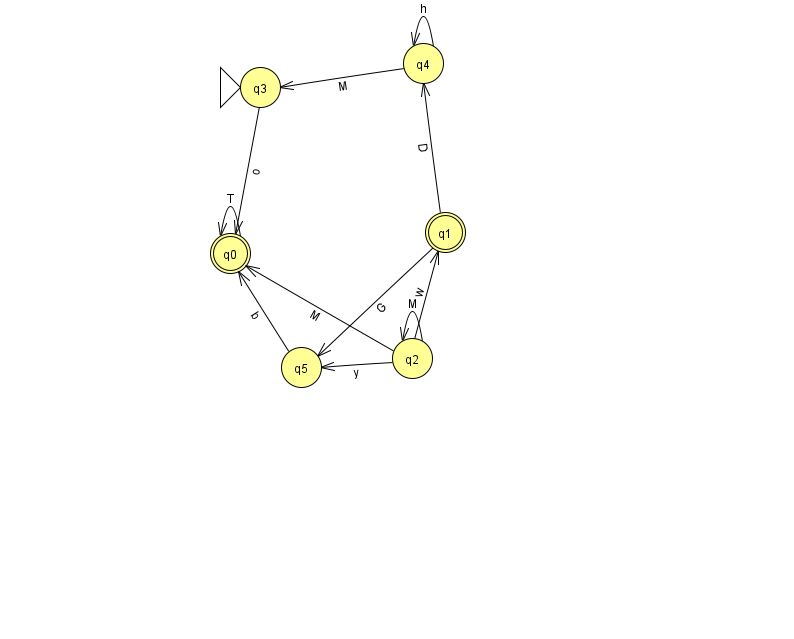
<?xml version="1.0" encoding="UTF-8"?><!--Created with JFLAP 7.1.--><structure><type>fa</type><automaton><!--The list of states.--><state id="0" name="q0"><x>230.0</x><y>240.0</y><final/></state><state id="1" name="q1"><x>445.0</x><y>219.0</y><final/></state><state id="2" name="q2"><x>412.0</x><y>345.0</y></state><state id="3" name="q3"><x>260.0</x><y>74.0</y><initial/></state><state id="4" name="q4"><x>423.0</x><y>50.0</y></state><state id="5" name="q5"><x>301.0</x><y>354.0</y></state><!--The list of transitions.--><transition><from>1</from><to>4</to><read>D</read></transition><transition><from>2</from><to>1</to><read>w</read></transition><transition><from>0</from><to>0</to><read>T</read></transition><transition><from>2</from><to>5</to><read>y</read></transition><transition><from>4</from><to>3</to><read>M</read></transition><transition><from>4</from><to>4</to><read>h</read></transition><transition><from>2</from><to>0</to><read>M</read></transition><transition><from>5</from><to>0</to><read>b</read></transition><transition><from>2</from><to>2</to><read>M</read></transition><transition><from>3</from><to>0</to><read>o</read></transition><transition><from>1</from><to>5</to><read>G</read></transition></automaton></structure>